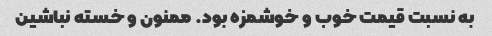
به نسبت قیمت خوب و خوشمزه بود. ممنون و خسته نباشین